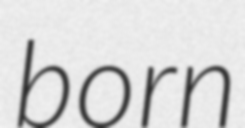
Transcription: born